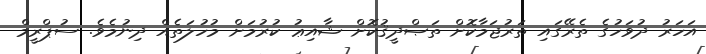
އަހަރު ދުވަހުގެ ތެރޭގައި ތަރުޖަމާކޮށް ތަޞްދީޤުކޮށް ޝާއިޢު ކުރުމަށް މުހުލަތެއް ދިނުމެވެ. ސުޕްރީމް